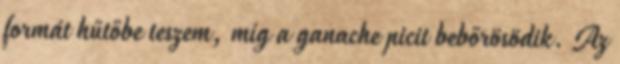
formát hűtőbe teszem, míg a ganache picit bebőrösödik. Az